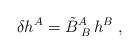
LaTeX: \begin{align*}\delta h^A= \tilde B^A_{\;B}\, h^B \ ,\end{align*}